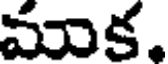
ముక.